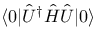
\langle 0 | \hat { U } ^ { \dag } \hat { H } \hat { U } | 0 \rangle